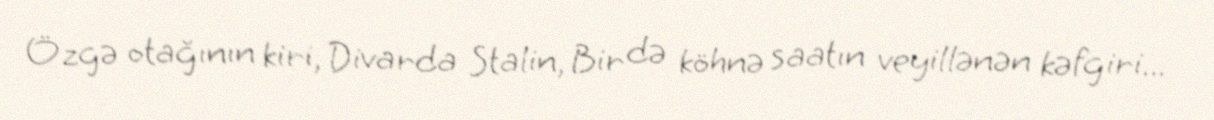
Özgə otağının kiri, Divarda Stalin, Bir də köhnə saatın veyillənən kəfgiri...